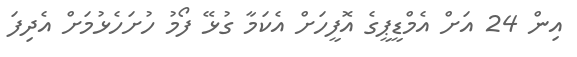
އިން 24 އަށް އެމްޑީޕީގެ އޮފީހަށް އެކަމާ ގުޅޭ ފޯމު ހުށަހެޅުމަށް އެދިފަ